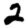
Digit: 2